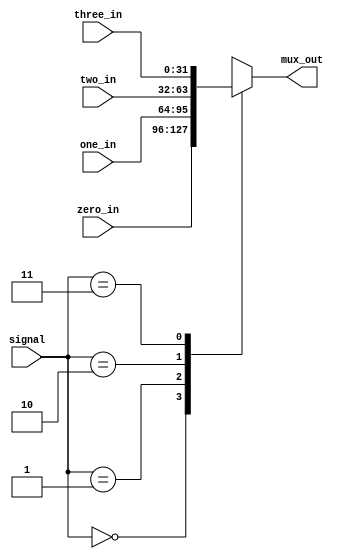
//mux_4
`timescale 1ns / 1ps
module Mux_4 (input [31:0] zero_in,
              one_in,
              two_in,
              three_in,
              input [1:0] signal,
              output reg [31:0] mux_out);

always @(signal or zero_in or one_in or two_in or three_in) begin
    case (signal)
    2'b00: mux_out = zero_in;
    2'b01: mux_out = one_in;
    2'b10: mux_out = two_in;
    2'b11: mux_out = three_in;
    endcase
end
  
endmodule //mux_2